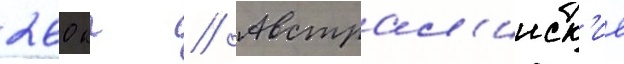
260 кг // Австрал'ииск'ие